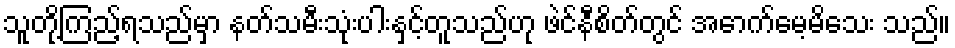
သူတို့ကြည့်ရသည်မှာ နတ်သမီးသုံးပါးနှင့်တူသည်ဟု ဖဲင်နီစိတ်တွင် အောက်မေ့မိသေး သည်။